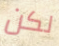
لكن